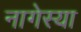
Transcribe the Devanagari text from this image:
नागेस्या